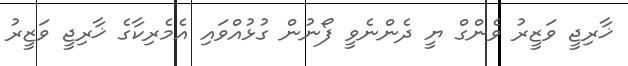
ޚާރިޖީ ވަޒީރު ވެންގް ޔީ ދެންނެވީ ފޯނުން ގުޅުއްވައި އެމެރިކާގެ ޚާރިޖީ ވަޒީރު